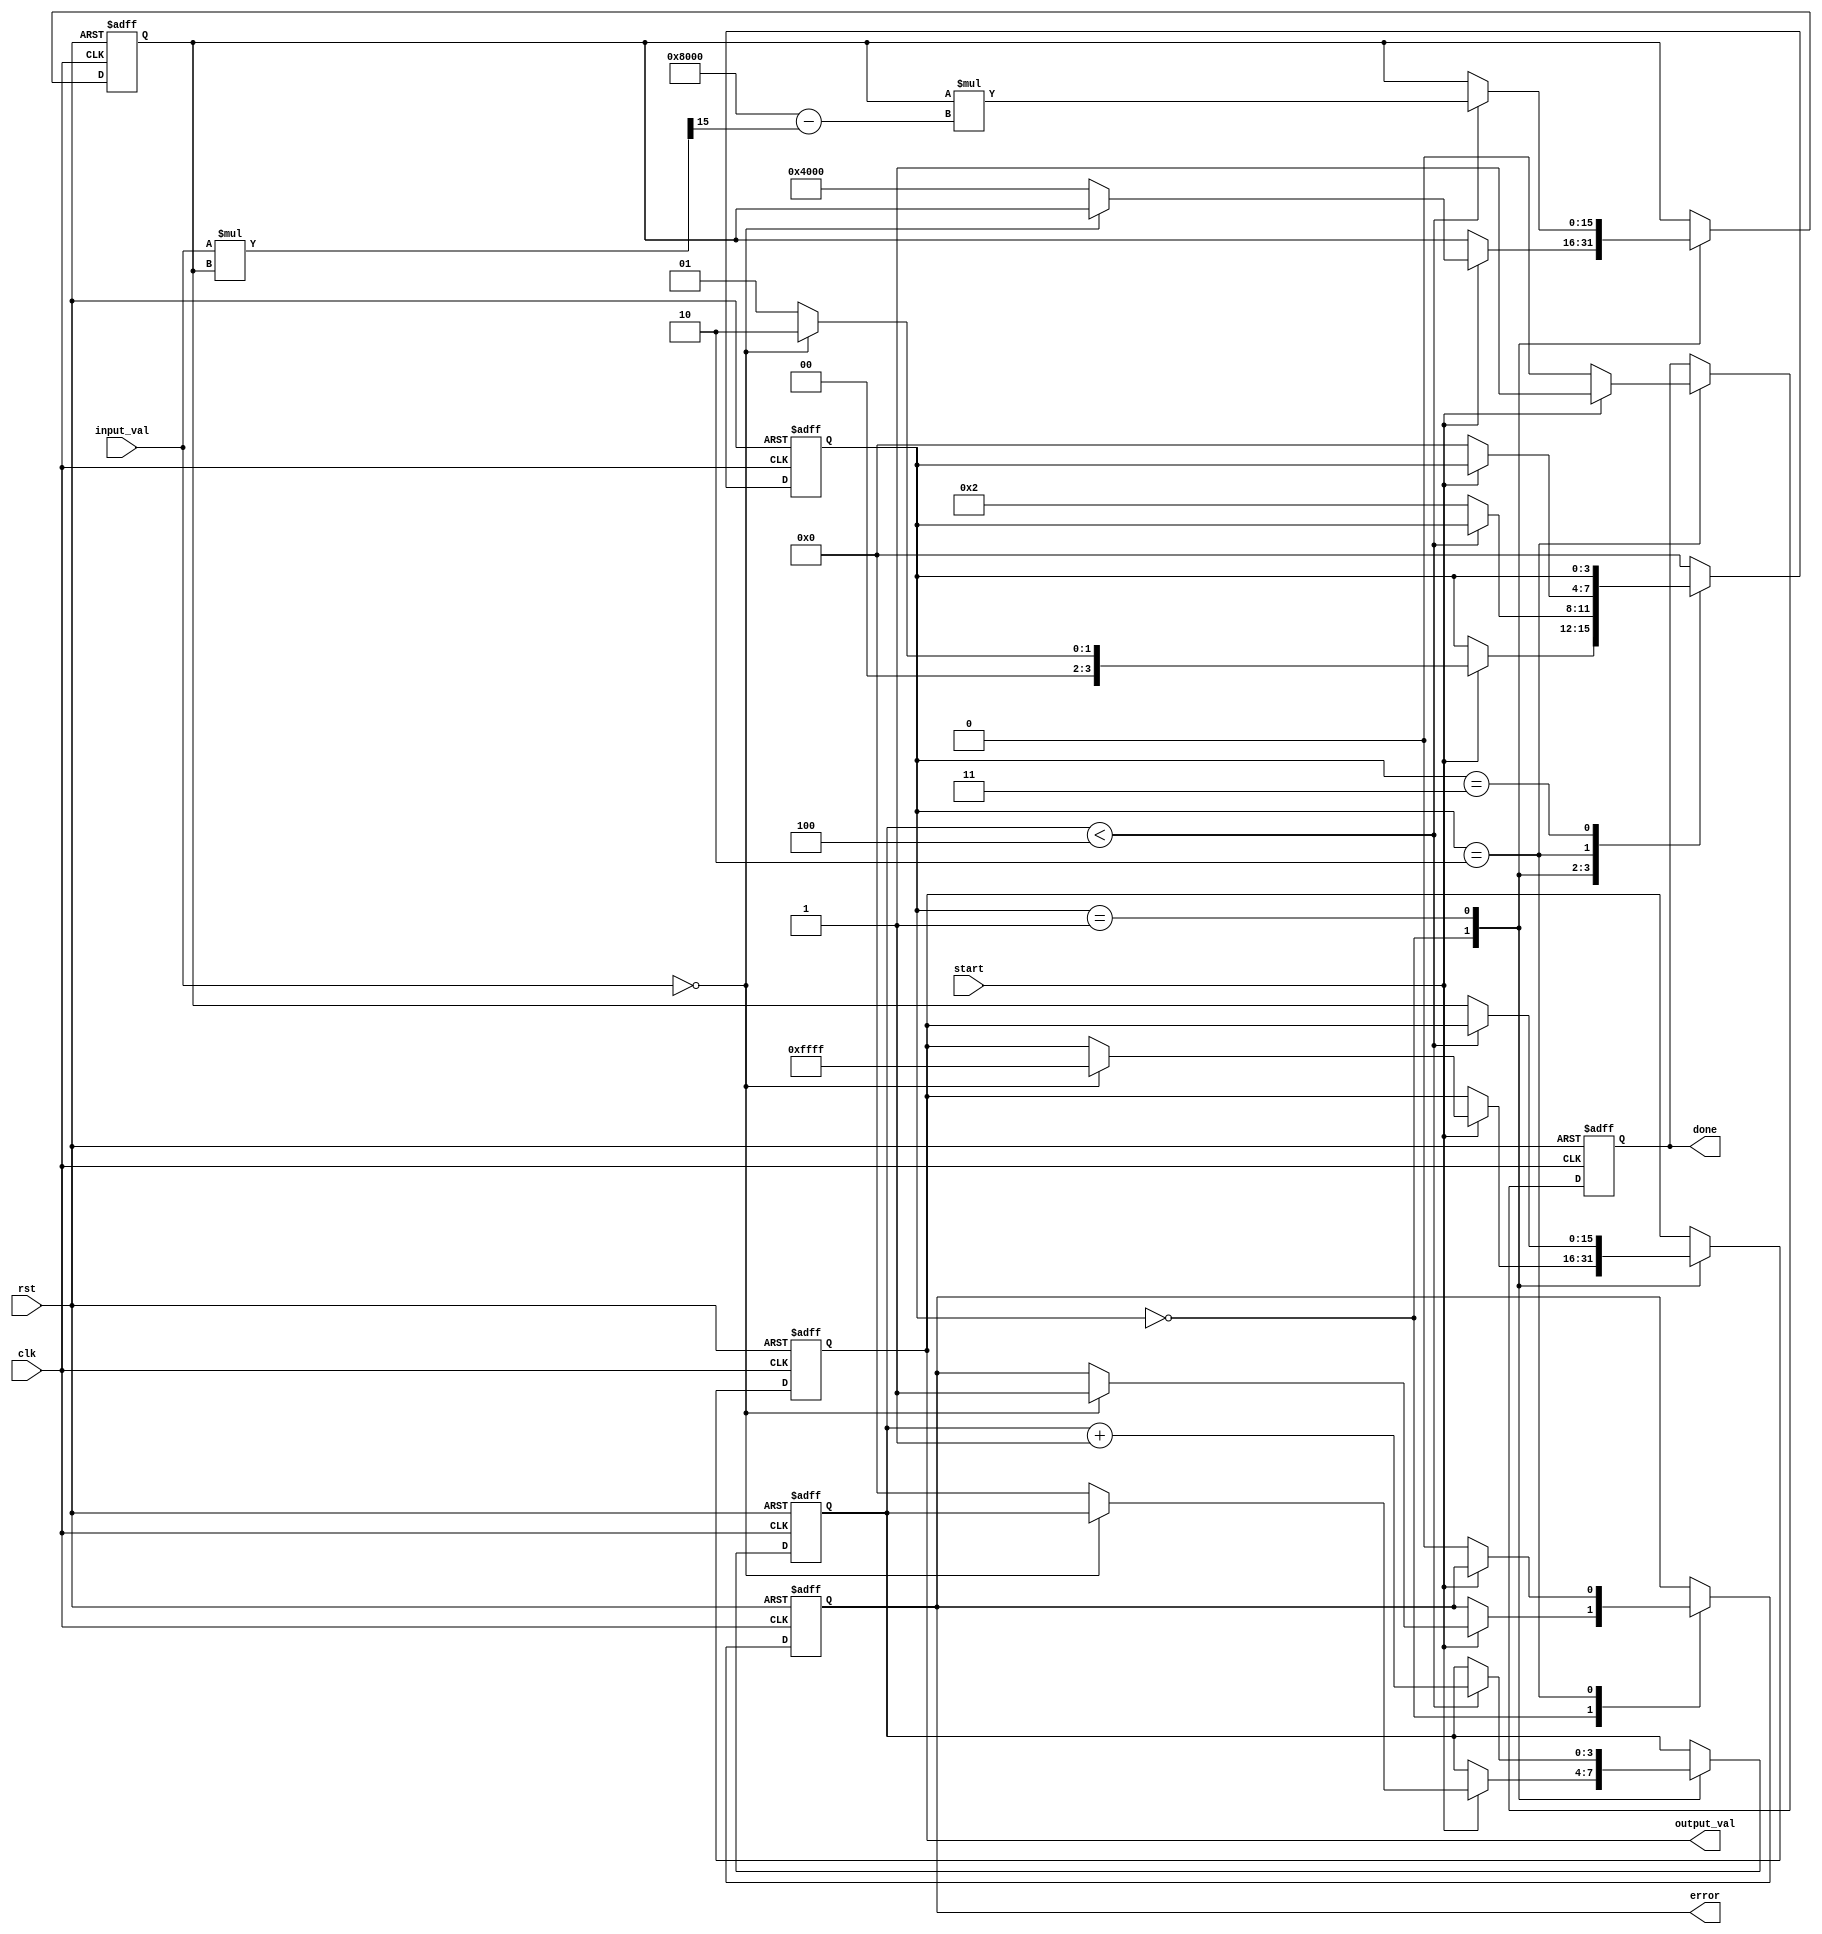
module ReciprocalUnit (
    input wire clk,                // Clock input
    input wire rst,                // Reset input
    input wire start,              // Start signal
    input wire [15:0] input_val,   // Input value (fixed-point representation)
    output reg [15:0] output_val,  // Output value (reciprocal)
    output reg done,               // Done signal
    output reg error               // Error signal
);

    reg [15:0] approx;             // Approximation of the reciprocal
    reg [3:0] state;               // State variable for FSM
    reg [3:0] iteration;           // Iteration counter

    // State definitions
    localparam IDLE = 4'b0000;
    localparam CALC = 4'b0001;
    localparam DONE = 4'b0010;
    localparam ERROR = 4'b0011;

    // Constants
    localparam MAX_VALUE = 16'hFFFF; // Maximum representable value
    localparam ZERO_VALUE = 16'h0000; // Zero value

    // Newton-Raphson parameters
    localparam ITERATIONS = 4;      // Number of iterations for Newton-Raphson

    // Main FSM
    always @(posedge clk or posedge rst) begin
        if (rst) begin
            state <= IDLE;
            output_val <= 16'h0000;
            done <= 0;
            error <= 0;
            approx <= 16'h0000;
            iteration <= 0;
        end else begin
            case (state)
                IDLE: begin
                    if (start) begin
                        if (input_val == ZERO_VALUE) begin
                            // Handle zero input case
                            output_val <= MAX_VALUE; // Can be defined as infinity
                            error <= 1; // Set error flag
                            state <= DONE;
                        end else begin
                            // Initialize approximation
                            approx <= 16'h4000; // Initial guess (1.0 in fixed-point)
                            iteration <= 0;
                            state <= CALC;
                        end
                    end
                end

                CALC: begin
                    if (iteration < ITERATIONS) begin
                        // Newton-Raphson iteration: approx = approx * (2 - input_val * approx)
                        approx <= approx * (16'h8000 - (input_val * approx >> 15)); // 16'h8000 is 2.0 in fixed-point
                        iteration <= iteration + 1;
                    end else begin
                        // Finished iterations
                        output_val <= approx;
                        state <= DONE;
                    end
                end

                DONE: begin
                    done <= 1; // Set done flag
                    if (!start) begin
                        state <= IDLE; // Go back to IDLE state
                        done <= 0; // Clear done flag
                        error <= 0; // Clear error flag
                    end
                end

                ERROR: begin
                    // Handle error state if needed
                end

                default: state <= IDLE; // Default case to prevent latches
            endcase
        end
    end
endmodule